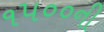
૧૫૦૦ની